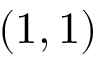
( 1 , 1 )